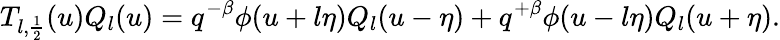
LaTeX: T_{l,\frac 12}(u)Q_{l}(u)=q^{-\beta}\phi(u+l\eta)Q_{l}(u-\eta)+q^{+\beta}\phi(u-l\eta)Q_{l}(u+\eta).